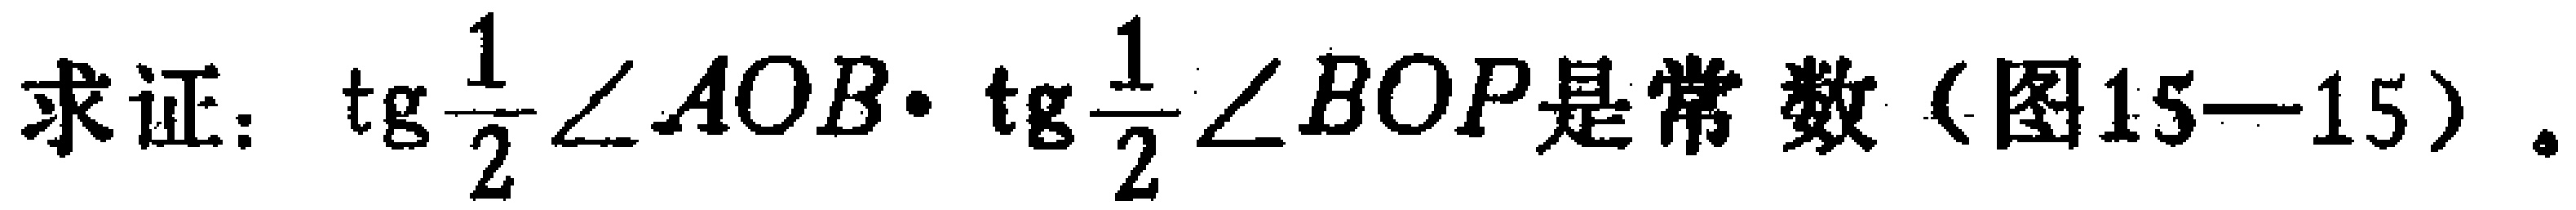
求证：\(\mathrm{tg}\frac{1}{2}\angle AOB\cdot \mathrm{tg}\frac{1}{2}\angle BOP是常数（图15—15）。\)